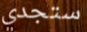
ستجدي